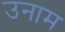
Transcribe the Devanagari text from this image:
उनाम